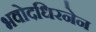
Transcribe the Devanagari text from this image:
भवोदधिरनेन